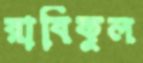
রাবিকুল